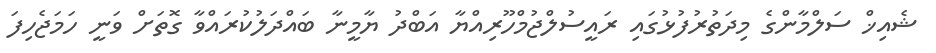
ޝެއިޚް ސަލްމާންގެ މިދަތުރުފުޅުގައި ރައީސުލްޖުމްހޫރިއްޔާ އަބްދު ޔާމީނާ ބައްދަލުކުރައްވާ ގޮތަށް ވަނީ ހަމަޖެހިފަ